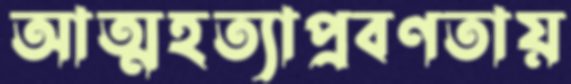
আত্মহত্যাপ্রবণতায়